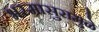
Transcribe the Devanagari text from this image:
भस्मासुरामुळे